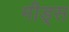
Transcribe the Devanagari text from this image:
मीड्स